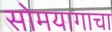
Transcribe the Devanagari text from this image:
सोमयागाचा